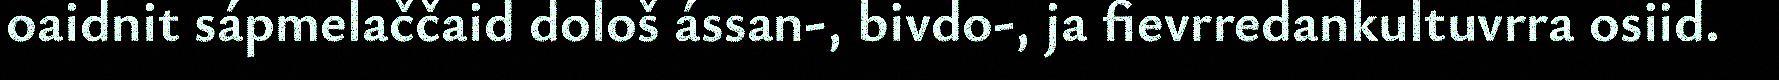
oaidnit sápmelaččaid dološ ássan-, bivdo-, ja fievrredankultuvrra osiid.